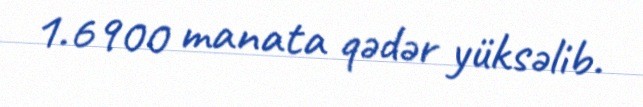
1.6900 manata qədər yüksəlib.